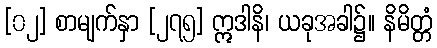
[၀၂] စာမျက်နှာ [၂၇၅] ဣဒါနိ၊ ယခုအခါ၌။ နိမိတ္တံ